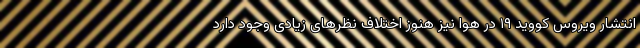
انتشار ویروس کووید ۱۹ در هوا نیز هنوز اختلاف نظرهای زیادی وجود دارد